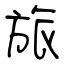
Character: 旅